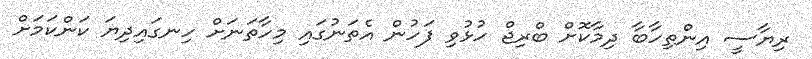
ރިޔާސީ އިންތިހާބާ ދިމާކޮށް ބްރިޖް ހުޅުވި ފަހުން އެތަނުގައި މިހާތަނަށް ހިނގައިދިޔަ ކަންކަމަށް